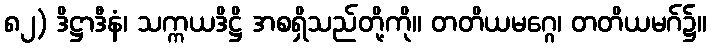
၈၂) ဒိဋ္ဌာဒီနံ၊ သက္ကယဒိဋ္ဌိ အစရှိသည်တို့ကို။ တတိယမဂ္ဂေ၊ တတိယမဂ်၌။